Civil Veterinary Dept. North-West Frontier Province 1901-22 - 1901-1922
Year: 1901
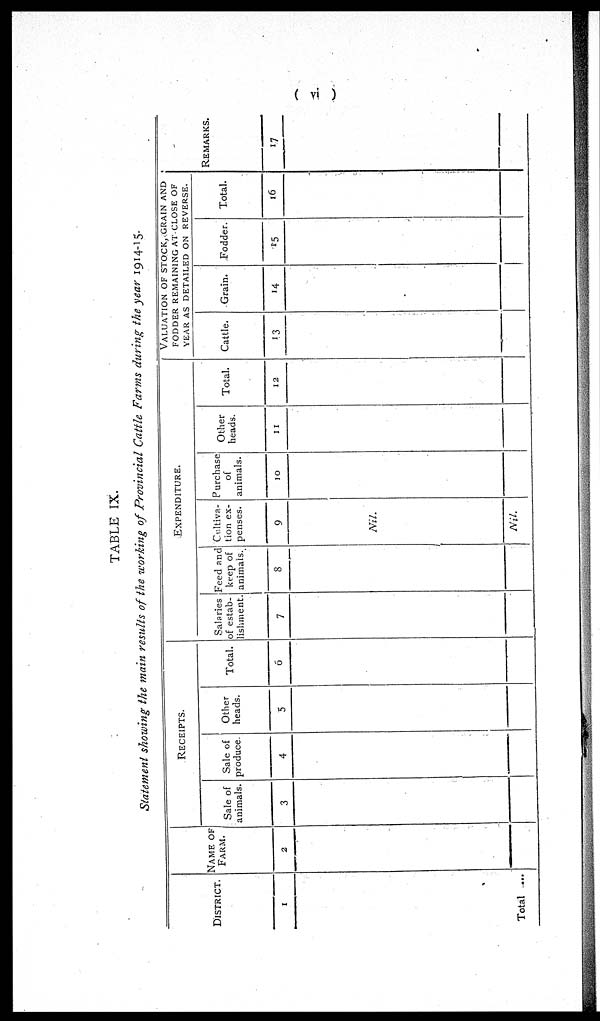
(vi)
TABLE IX.
Statement showing the main results of the working of Provincial Cattle Farms during the year 1914-15.
DISTRICT
1
Total ...
NAME OF
FARM.
2
RECEIPTS.
Sale of
animals.
3
Sale of
produce.
4
Other
heads.
5
Total.
6
EXPENDITURE.
Salaries
of estab-
lishment.
7
Feed and
keep of
animals.
8
Cultiva-
tion ex-
penses.
9
Nil.
Nil.
Purchase
of
animals.
10
Other
heads.
11
Total.
12
VALUATION OF STOCK, GRAIN AND
FODDER REMAINING AT CLOSE OF
YEAR AS DETAILED ON REVERSE.
Cattle.
13
Grain.
14
Fodder.
15
Total.
16
REMARKS.
17